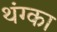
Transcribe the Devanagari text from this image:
थंग्का